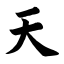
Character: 天